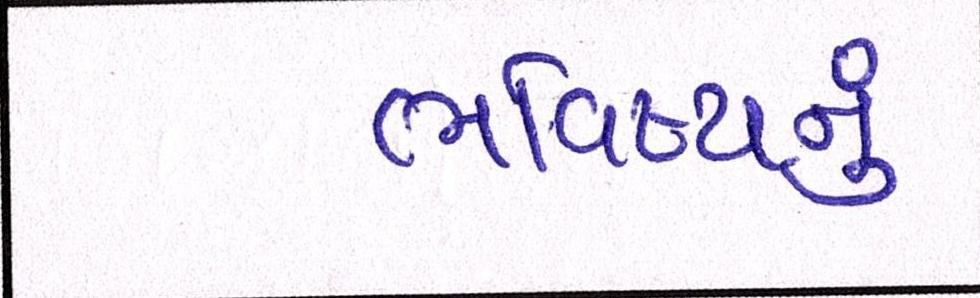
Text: ભવિષ્યનું